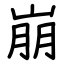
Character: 崩